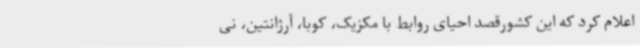
اعلام کرد که این کشورقصد احیای روابط با مکزیک، کوبا، آرژانتین، نی